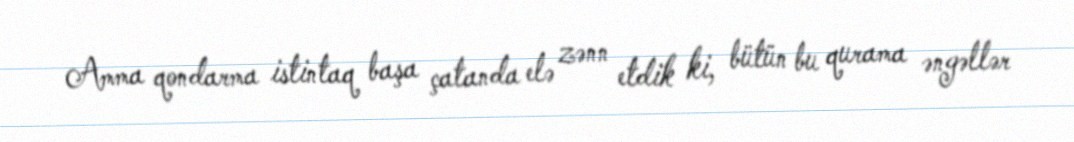
Amma qondarma istintaq başa çatanda elə zənn etdik ki, bütün bu qurama əngəllər